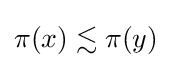
\pi (x)\lesssim \pi (y)